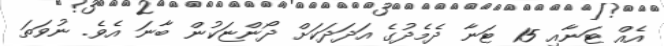
އެއް ޓަނާއި 15 ޓަނާ ދެމެދުގެ އަދަދަކަށް ދޯންޏަކުން ބާނަ އެވެ. ނުވަތަ